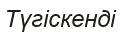
Түгіскенді